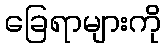
ခြေရာများကို